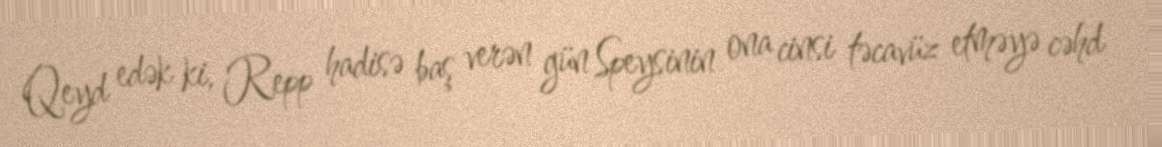
Qeyd edək ki, Repp hadisə baş verən gün Speysinin ona cinsi təcavüz etməyə cəhd